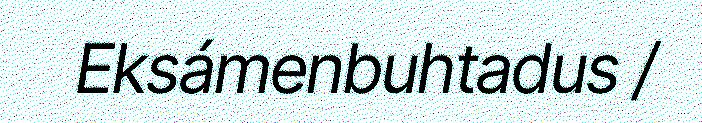
Eksámenbuhtadus /